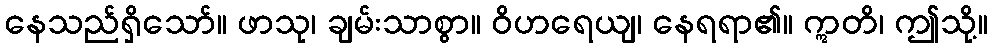
နေသည်ရှိသော်။ ဖာသု၊ ချမ်းသာစွာ။ ဝိဟရေယျ၊ နေရရာ၏။ ဣတိ၊ ဤသို့။